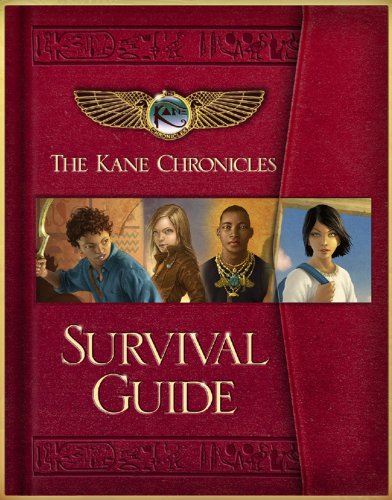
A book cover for The Kane Chronicles Survival Guide; Rick Riordan; Children's Books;